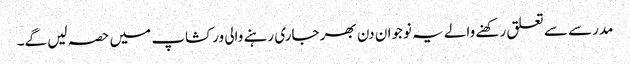
مدرسے سے تعلق رکھنے والے یہ نوجوان دن بھر جاری رہنے والی ورکشاپ میں حصہ لیں گے۔